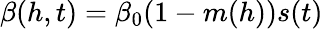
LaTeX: \beta(h,t)=\beta_{0}(1-m(h))s(t)